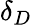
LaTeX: \delta_{D}